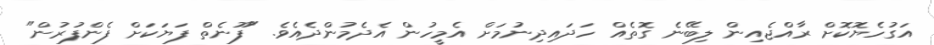
އަގުހެޔޮކޮށް ރާއްޖެއިން ލިބޭނެ ގޮތެއް ހަދައިދިނުމަށް އެމީހުން އެދެމުންދެއެވެ. "ފޫނެތް ފަޔަކަށް ފެންފުރުން"